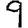
Digit: 9